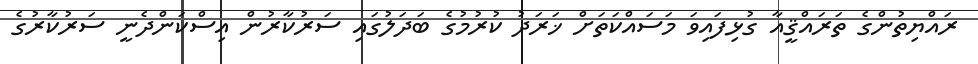
ރައްޔިތުންގެ ތަރައްޤީއާ ގުޅިފައިވަ މަސައްކަތަށް ޚަރަދު ކުރުމުގެ ބަދަލުގައި ސަރުކާރުން އިސްކަންދެނީ ސަރުކާރުގެ